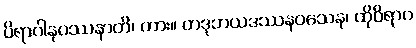
ပိရာဂါနုပဿနာတိ၊ ကား။ တဒုဘယဒဿနဝသေန၊ ထိုဝိရာဂ